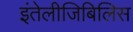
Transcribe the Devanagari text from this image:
इंतेलीजिबिलिस